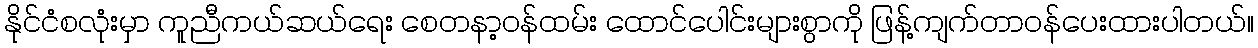
နိုင်ငံစလုံးမှာ ကူညီကယ်ဆယ်ရေး စေတနာ့ဝန်ထမ်း ထောင်ပေါင်းများစွာကို ဖြန့်ကျက်တာဝန်ပေးထားပါတယ်။